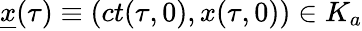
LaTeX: \underline{{x}}(\tau)\equiv\left(ct(\tau,0),x(\tau,0)\right)\in K_{a}